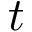
t